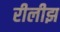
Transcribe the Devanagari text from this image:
रीलीझ